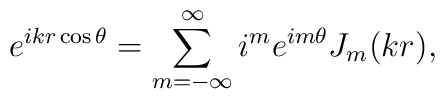
e^{ikr\cos{\theta}}=\displaystyle\sum_{m = -\infty}^{\infty} i^me^{im\theta}J_m(kr),